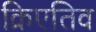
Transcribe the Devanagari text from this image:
क्रिएतिव